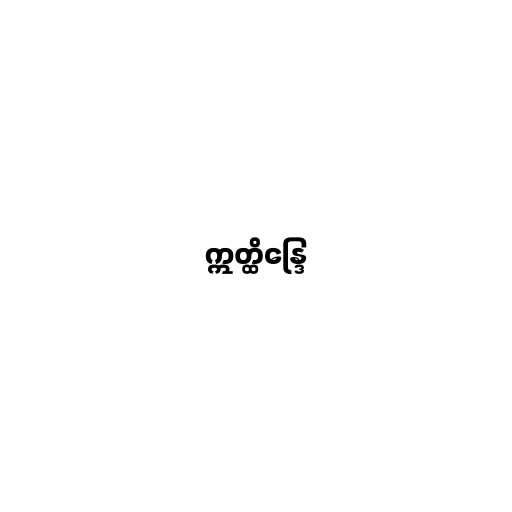
ဣတ္ထိန္ဒြေ